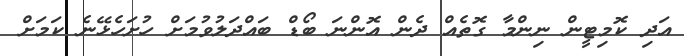
އަދި ކޮމިޓީން ނިންމާ ގޮތެއް ދެން އޮންނަ ބޯޑް ބައްދަލުވުމަށް ހުށަހެޅޭނެ ކަމަށް